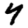
Digit: 4